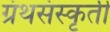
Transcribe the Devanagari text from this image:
ग्रंथसंस्‍कृती